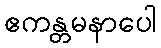
ဧကန္တမနာပေါ